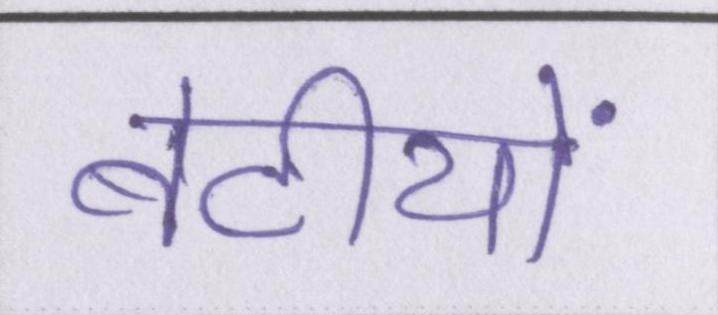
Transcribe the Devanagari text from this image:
बेटीयों